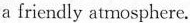
a friendly atmosphere.